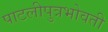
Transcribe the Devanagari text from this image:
पाटलीपुत्रभोवती